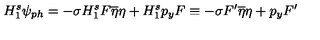
H _ { 1 } ^ { s } \psi _ { p h } = - \sigma H _ { 1 } ^ { s } F \overline { { \eta } } \eta + H _ { 1 } ^ { s } p _ { y } F \equiv - \sigma F ^ { \prime } \overline { { \eta } } \eta + p _ { y } F ^ { \prime }